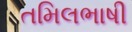
તમિલભાષી